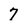
Character: 7